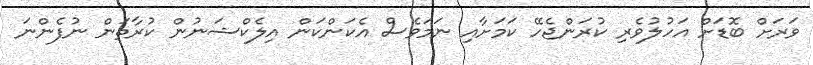
ވަރަށް ބޮޑަށް އަހުލުވެރި ކުރަންޖެހޭ ކަމަށާއި ނަމަވެސް އެކަންކަން އިލެކްޝަނުން ކުރާތަން ނުފެންނަ